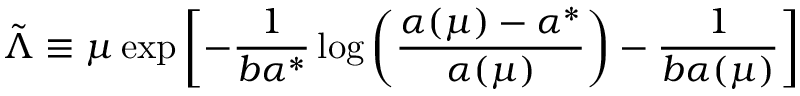
\tilde { \Lambda } \equiv \mu \exp \left[ - \frac { 1 } { b \alpha ^ { * } } \log \left( \frac { \alpha ( \mu ) - \alpha ^ { * } } { \alpha ( \mu ) } \right) - \frac { 1 } { b \alpha ( \mu ) } \right]